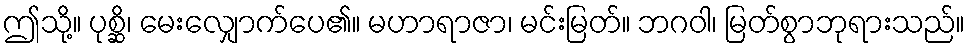
ဤသို့။ ပုစ္ဆိ၊ မေးလျှောက်ပေ၏။ မဟာရာဇာ၊ မင်းမြတ်။ ဘဂဝါ၊ မြတ်စွာဘုရားသည်။